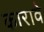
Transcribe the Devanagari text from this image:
कारावे